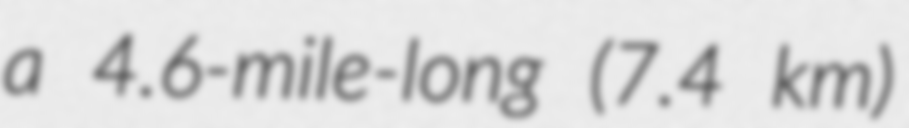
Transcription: a 4.6-mile-long (7.4 km)